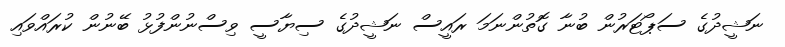
ނަޝީދުގެ ސަޕޯޓަރުން ބުނާ ގޮތުންނަމަ ރައީސް ނަޝީދުގެ ސިޔާސީ ވިސްނުންފުޅު ބޭނުން ކުރައްވައި